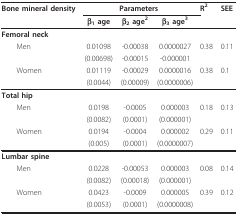
<table><thead><tr><td><b>Bone mineral density</b></td><td colspan="3"><b>Parameters</b></td><td><b>R<sup>2</sup></b></td><td><b>SEE</b></td></tr><tr><td></td><td><b>β<sub>1 </sub>age</b></td><td><b>β<sub>2 </sub>age<sup>2</sup></b></td><td><b>β<sub>3 </sub>age<sup>3</sup></b></td><td></td><td></td></tr></thead><tbody><tr><td><b>Femoral neck</b></td><td></td><td></td><td></td><td></td><td></td></tr><tr><td> Men</td><td>0.01098</td><td>-0.00038</td><td>0.0000027</td><td>0.38</td><td>0.11</td></tr><tr><td></td><td>(0.00698)</td><td>-0.00015</td><td>-0.000001</td><td></td><td></td></tr><tr><td> Women</td><td>0.01119</td><td>-0.00029</td><td>0.0000016</td><td>0.38</td><td>0.1</td></tr><tr><td></td><td>(0.0044)</td><td>(0.00009)</td><td>(0.0000006)</td><td></td><td></td></tr><tr><td><b>Total hip</b></td><td></td><td></td><td></td><td></td><td></td></tr><tr><td> Men</td><td>0.0198</td><td>-0.0005</td><td>0.000003</td><td>0.18</td><td>0.13</td></tr><tr><td></td><td>(0.0082)</td><td>(0.0001)</td><td>(0.000001)</td><td></td><td></td></tr><tr><td> Women</td><td>0.0194</td><td>-0.0004</td><td>0.000002</td><td>0.29</td><td>0.11</td></tr><tr><td></td><td>(0.005)</td><td>(0.0001)</td><td>(0.0000007)</td><td></td><td></td></tr><tr><td><b>Lumbar spine</b></td><td></td><td></td><td></td><td></td><td></td></tr><tr><td> Men</td><td>0.0228</td><td>-0.00053</td><td>0.000003</td><td>0.08</td><td>0.14</td></tr><tr><td></td><td>(0.0082)</td><td>(0.00018)</td><td>(0.000001)</td><td></td><td></td></tr><tr><td> Women</td><td>0.0423</td><td>-0.0009</td><td>0.000005</td><td>0.39</td><td>0.12</td></tr><tr><td></td><td>(0.0053)</td><td>(0.0001)</td><td>(0.0000008)</td><td></td><td></td></tr></tbody></table>